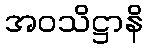
အဝသိဋ္ဌာနိ